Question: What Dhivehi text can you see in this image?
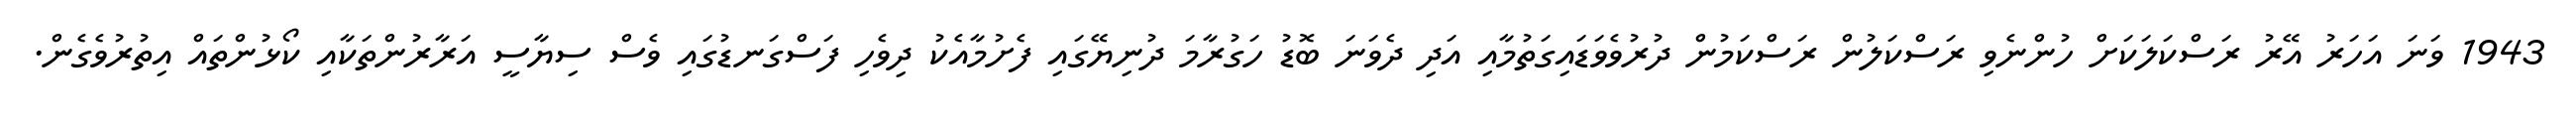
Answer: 1943 ވަނަ އަހަރު އޭރު ރަސްކަލަކަށް ހުންނެވި ރަސްކަލުން ރަސްކަމުން ދުރުވެވަޑައިގަތުމާއި އަދި ދެވަނަ ބޮޑު ހަގުރާމަ ދުނިޔޭގައި ފެށުމާއެކު ދިވެހި ފަސްގަނޑުގައި ވެސް ސިޔާސީ އަރާރުންތަކާއި ކޯޅުންތައް އިތުރުވެގެން.